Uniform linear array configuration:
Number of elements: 12
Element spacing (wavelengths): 0.5
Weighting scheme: kaiser
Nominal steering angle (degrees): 60
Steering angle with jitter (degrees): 58.367
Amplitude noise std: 0.05
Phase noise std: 0.05

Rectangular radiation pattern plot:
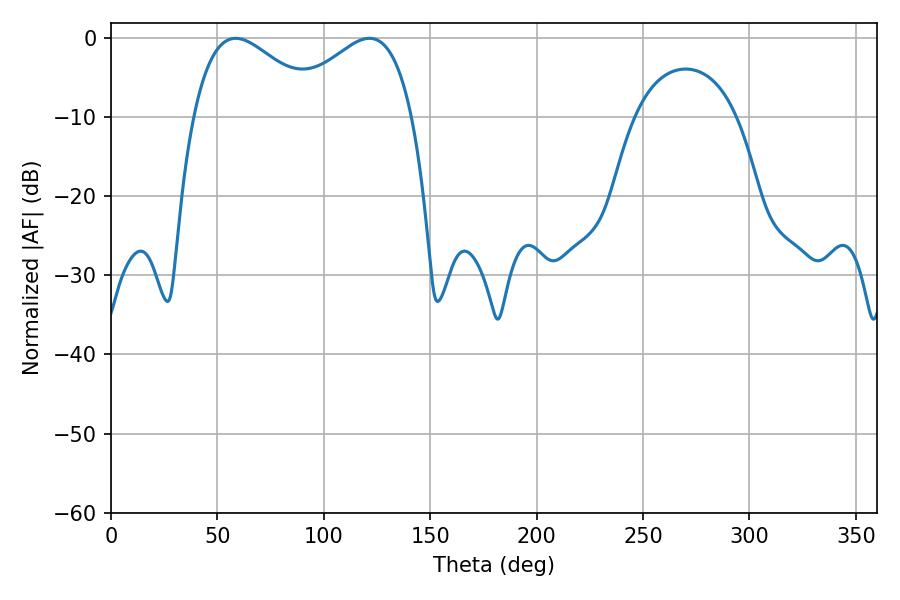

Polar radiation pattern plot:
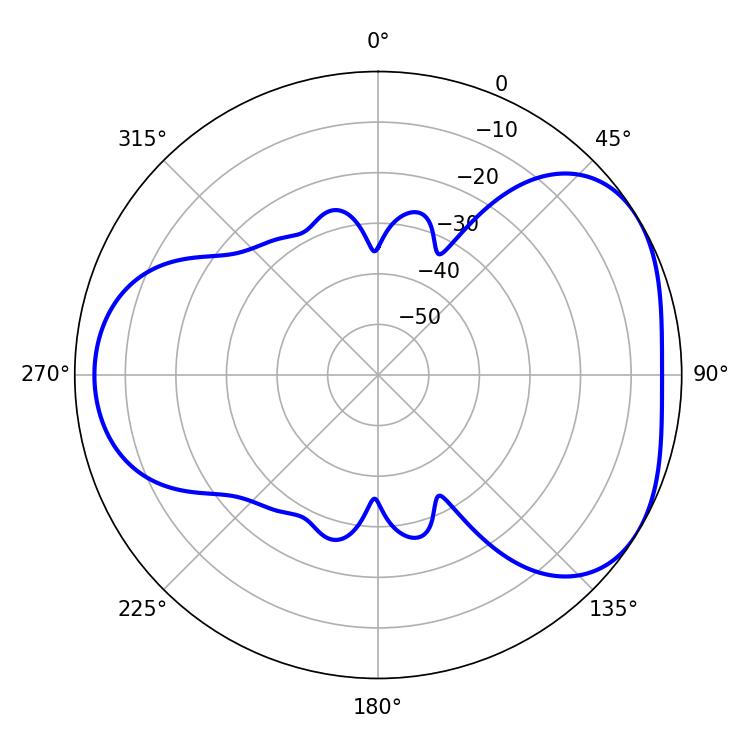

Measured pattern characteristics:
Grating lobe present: FALSE
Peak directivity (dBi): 4.238
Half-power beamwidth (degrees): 32.58
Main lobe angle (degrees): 58.5